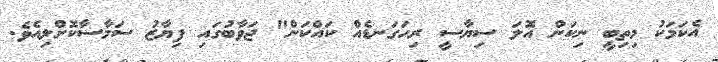
އެކަމަކު މިތިބީ ނިކަން އޮލަ ސިޔާސީ ރިހަގަނޑެއް ކައްކަން" ޖަވާބުގައި ފިޔާޒު ސަމާސާކޮށްލިއެވެ.